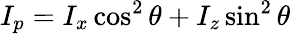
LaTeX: I_{p}=I_{x}\cos^{2}\theta+I_{z}\sin^{2}\theta